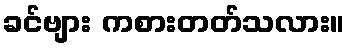
ခင်ဗျား ကစားတတ်သလား။